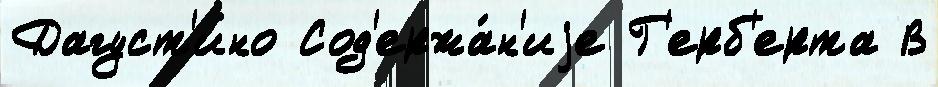
Дагуст'ино Сод'ержа́н'иjе Г'ерб'ерта В